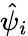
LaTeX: \hat{\psi}_{i}